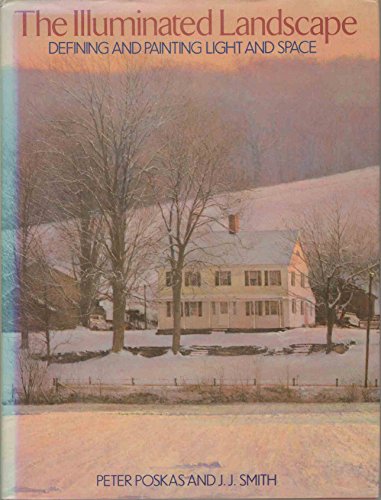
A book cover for Illuminated Landscape; Peter Poskas; Arts & Photography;